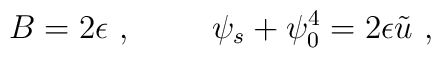
B = 2 \epsilon~, \hskip 1cm\psi_s + \psi_0^4  = 2 \epsilon\tilde u~,